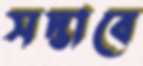
সদ্ভাবে